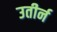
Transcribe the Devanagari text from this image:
उतीर्न